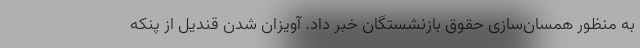
به منظور همسان‌سازی حقوق بازنشستگان خبر داد. آویزان شدن قندیل از پنکه